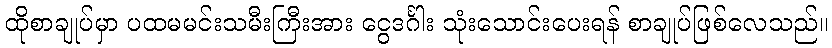
ထိုစာချုပ်မှာ ပထမမင်းသမီးကြီးအား ငွေဒင်္ဂါး သုံးသောင်းပေးရန် စာချုပ်ဖြစ်လေသည်။